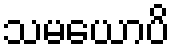
သမယောပိ